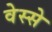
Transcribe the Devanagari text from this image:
वेस्से